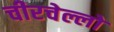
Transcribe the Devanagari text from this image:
चीरचेल्लो